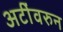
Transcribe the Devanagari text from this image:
अटींवरुन